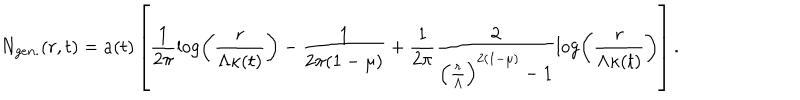
LaTeX: N _ { g e n . } ( r , t ) = a ( t ) \left[ \frac { 1 } { 2 \pi } \log \left( \frac { r } { \Lambda \kappa ( t ) } \right) - \frac { 1 } { 2 \pi ( 1 - \mu ) } + \frac { 1 } { 2 \pi } \frac { 2 } { \left( \frac { r } { \Lambda } \right) ^ { 2 ( 1 - \mu ) } - 1 } \log \left( \frac { r } { \Lambda \kappa ( t ) } \right) \right] .